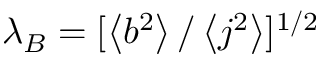
\lambda _ { B } = [ \left< b ^ { 2 } \right> / \left< j ^ { 2 } \right> ] ^ { 1 / 2 }